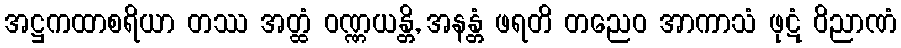
အဋ္ဌကထာစရိယာ တဿ အတ္ထံ ဝဏ္ဏယန္တိ, အနန္တံ ဖရတိ တညေဝ အာကာသံ ဖုဋံ ဝိညာဏံ